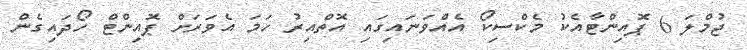
ޖުމްލަ 6 ޕޮއިންޓާއެކު މެކްސިކޯ އެއްވަނައިގައި އޮތްއިރު ހަމަ އެވަރަށް ޕޮއިންޓް ހޯދައިގެން